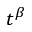
t ^ { \beta }